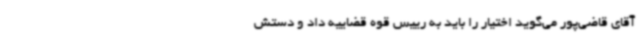
آقای قاضی‌پور می‌گوید اختیار را باید به رییس قوه قضاییه داد و دستش